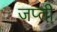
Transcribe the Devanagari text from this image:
जप्‍ती